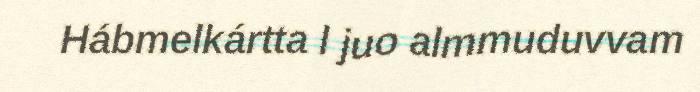
Hábmelkártta l juo almmuduvvam